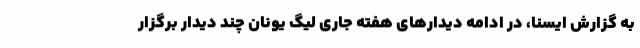
به گزارش ایسنا، در ادامه دیدارهای هفته جاری لیگ یونان چند دیدار برگزار